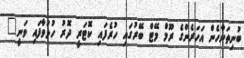
ބުނިތަނާހެން އަހަރެންގެ ރޫމް މޭޓް ބޭރުގައި ހުރެފައި ކޮޓަރީ ދޮރު ހުޅުވާފައި ވަނީ"